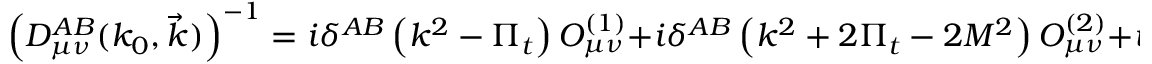
\left( { \cal D } _ { \mu \nu } ^ { A B } ( k _ { 0 } , \vec { k } ) \right) ^ { - 1 } = i \delta ^ { A B } \left( k ^ { 2 } - \Pi _ { t } \right) O _ { \mu \nu } ^ { ( 1 ) } + i \delta ^ { A B } \left( k ^ { 2 } + 2 \Pi _ { t } - 2 M ^ { 2 } \right) O _ { \mu \nu } ^ { ( 2 ) } + i \delta ^ { A B } \frac { k ^ { 2 } } { d } O _ { \mu \nu } ^ { ( 3 ) } .